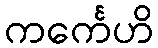
ကင်္ကေဟိ